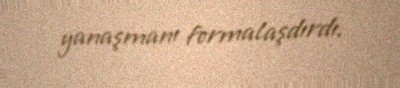
yanaşmanı formalaşdırdı.